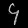
Digit: ၄